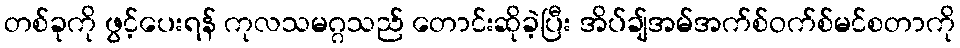
တစ်ခုကို ဖွင့်ပေးရန် ကုလသမဂ္ဂသည် တောင်းဆိုခဲ့ပြီး အိပ်ချ်အမ်အက်စ်ဝက်စ်မင်စတာကို